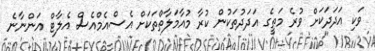
ވަކި އަދަދަކަށް ވުރެ މަތީގެ އަދަދުތަކުން ކުރާ މުއާމަލާތްތަކަށް އެސްއެމްއެސް އެލާޓް އަންނާނެ